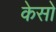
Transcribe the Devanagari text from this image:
केसो